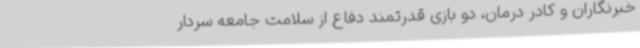
خبرنگاران و کادر درمان، دو بازی قدرتمند دفاع از سلامت جامعه سردار